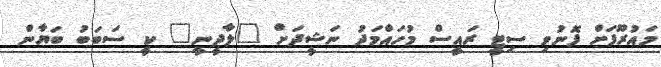
މައުރޫފަށް ފޮނުވި ސިޓީ ރައީސް މުހައްމަދު ނަޝީދަށް "ލާދީނީ" ކީ ސަބަބު ބަޔާން